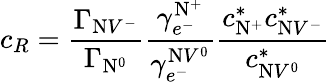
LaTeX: c_{R}=\frac{\Gamma_{\mathrm{N}V^{-}}}{\Gamma_{\mathrm{N}^{0}}}\frac{\gamma_{e^{-}}^{\mathrm{N}^{+}}}{\gamma_{e^{-}}^{\mathrm{N}V^{0}}}\frac{c_{\mathrm{N}^{+}}^{*}c_{\mathrm{N}V^{-}}^{*}}{c_{\mathrm{N}V^{0}}^{*}}